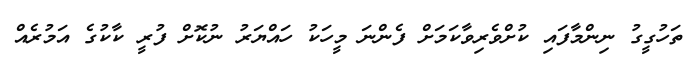
ތަހުގީގު ނިންމާފައި ކުށްވެރިވާކަމަށް ފެންނަ މީހަކު ހައްޔަރު ނުކޮށް ފުރީ ކާކުގެ އަމުރެއް